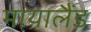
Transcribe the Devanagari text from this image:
मायालैंड